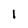
Character: 1